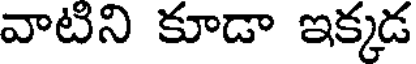
వాటిని కూడా ఇక్కడ